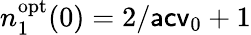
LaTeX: n_{1}^{\mathrm{opt}}(0)=2/\mathsf{acv}_{0}+1